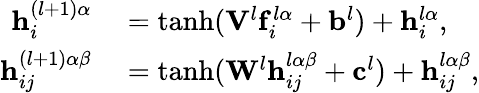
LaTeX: \begin{array}{rl}{\mathbf{h}_{i}^{(l+1)\alpha}}&{{}=\operatorname{tanh}(\mathbf{V}^{l}\mathbf{f}_{i}^{l\alpha}+\mathbf{b}^{l})+\mathbf{h}_{i}^{l\alpha},}\\ {\mathbf{h}_{ij}^{(l+1)\alpha\beta}}&{{}=\operatorname{tanh}(\mathbf{W}^{l}\mathbf{h}_{ij}^{l\alpha\beta}+\mathbf{c}^{l})+\mathbf{h}_{ij}^{l\alpha\beta},}\end{array}